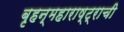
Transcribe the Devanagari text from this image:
बृहन्महाराष्ट्राची